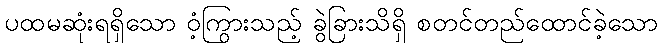
ပထမဆုံးရရှိသော ဝံ့ကြွားသည့် ခွဲခြားသိရှိ စတင်တည်ထောင်ခဲ့သော